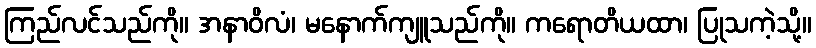
ကြည်လင်သည်ကို။ အနာဝိလံ၊ မနောက်ကျူသည်ကို။ ကရောတိယထာ၊ ပြုသကဲ့သို့။